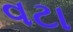
વટા